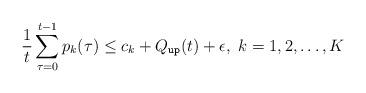
LaTeX: \begin{align*} \frac{1}{t}\sum_{\tau=0}^{t-1} p_k(\tau) \leq c_k + Q_{\texttt{up}}(t) + \epsilon, ~k = 1,2,\ldots,K\end{align*}